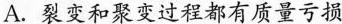
A.裂变和聚变过程都有质量亏损